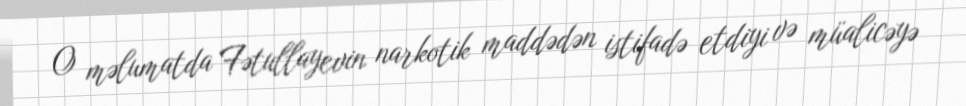
O məlumatda Fətullayevin narkotik maddədən istifadə etdiyi və müalicəyə